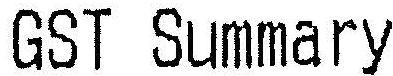
GST SUMMARY